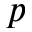
p